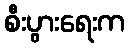
စီးပွားရေးက